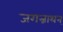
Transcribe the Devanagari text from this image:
जगन्नाथन्